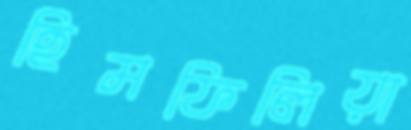
হিমফিলিয়া